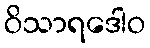
ဝိသာရဒေါဝ